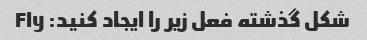
شکل گذشته فعل زیر را ایجاد کنید: Fly